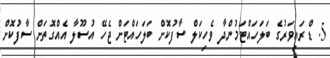
5. ޑްރައިވަރުގެ ބަލަހައްޓަމުންދާ ވެހިކަލް ސާފުކޮށް ބަލަހައްޓަށް ޖެހޭ އުސޫލާ އެއްގޮތަށް ސާފުކޮށް